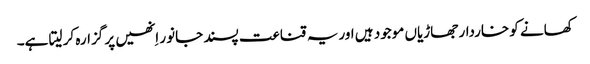
کھانے کو خاردار جھاڑیاں موجود ہیں اوریہ قناعت پسند جانور اِنھیں پر گزارہ کر لیتا ہے۔